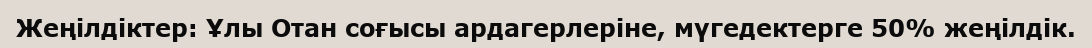
Жеңілдіктер: Ұлы Отан соғысы ардагерлеріне, мүгедектерге 50% жеңілдік.